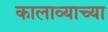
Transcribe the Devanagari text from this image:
कालाव्याच्या